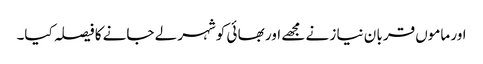
اور ماموں قربا ن نیا ز نے مجھے اور بھا ئی کوشہر لے جانے کا فیصلہ کیا۔